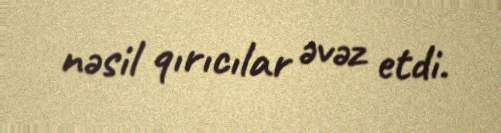
nəsil qırıcılar əvəz etdi.